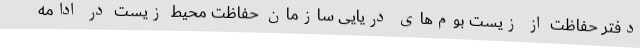
دفتر حفاظت از زیست بوم‌های دریایی سازمان حفاظت محیط زیست در ادامه